Ridala_vallavalitsus, lk 2
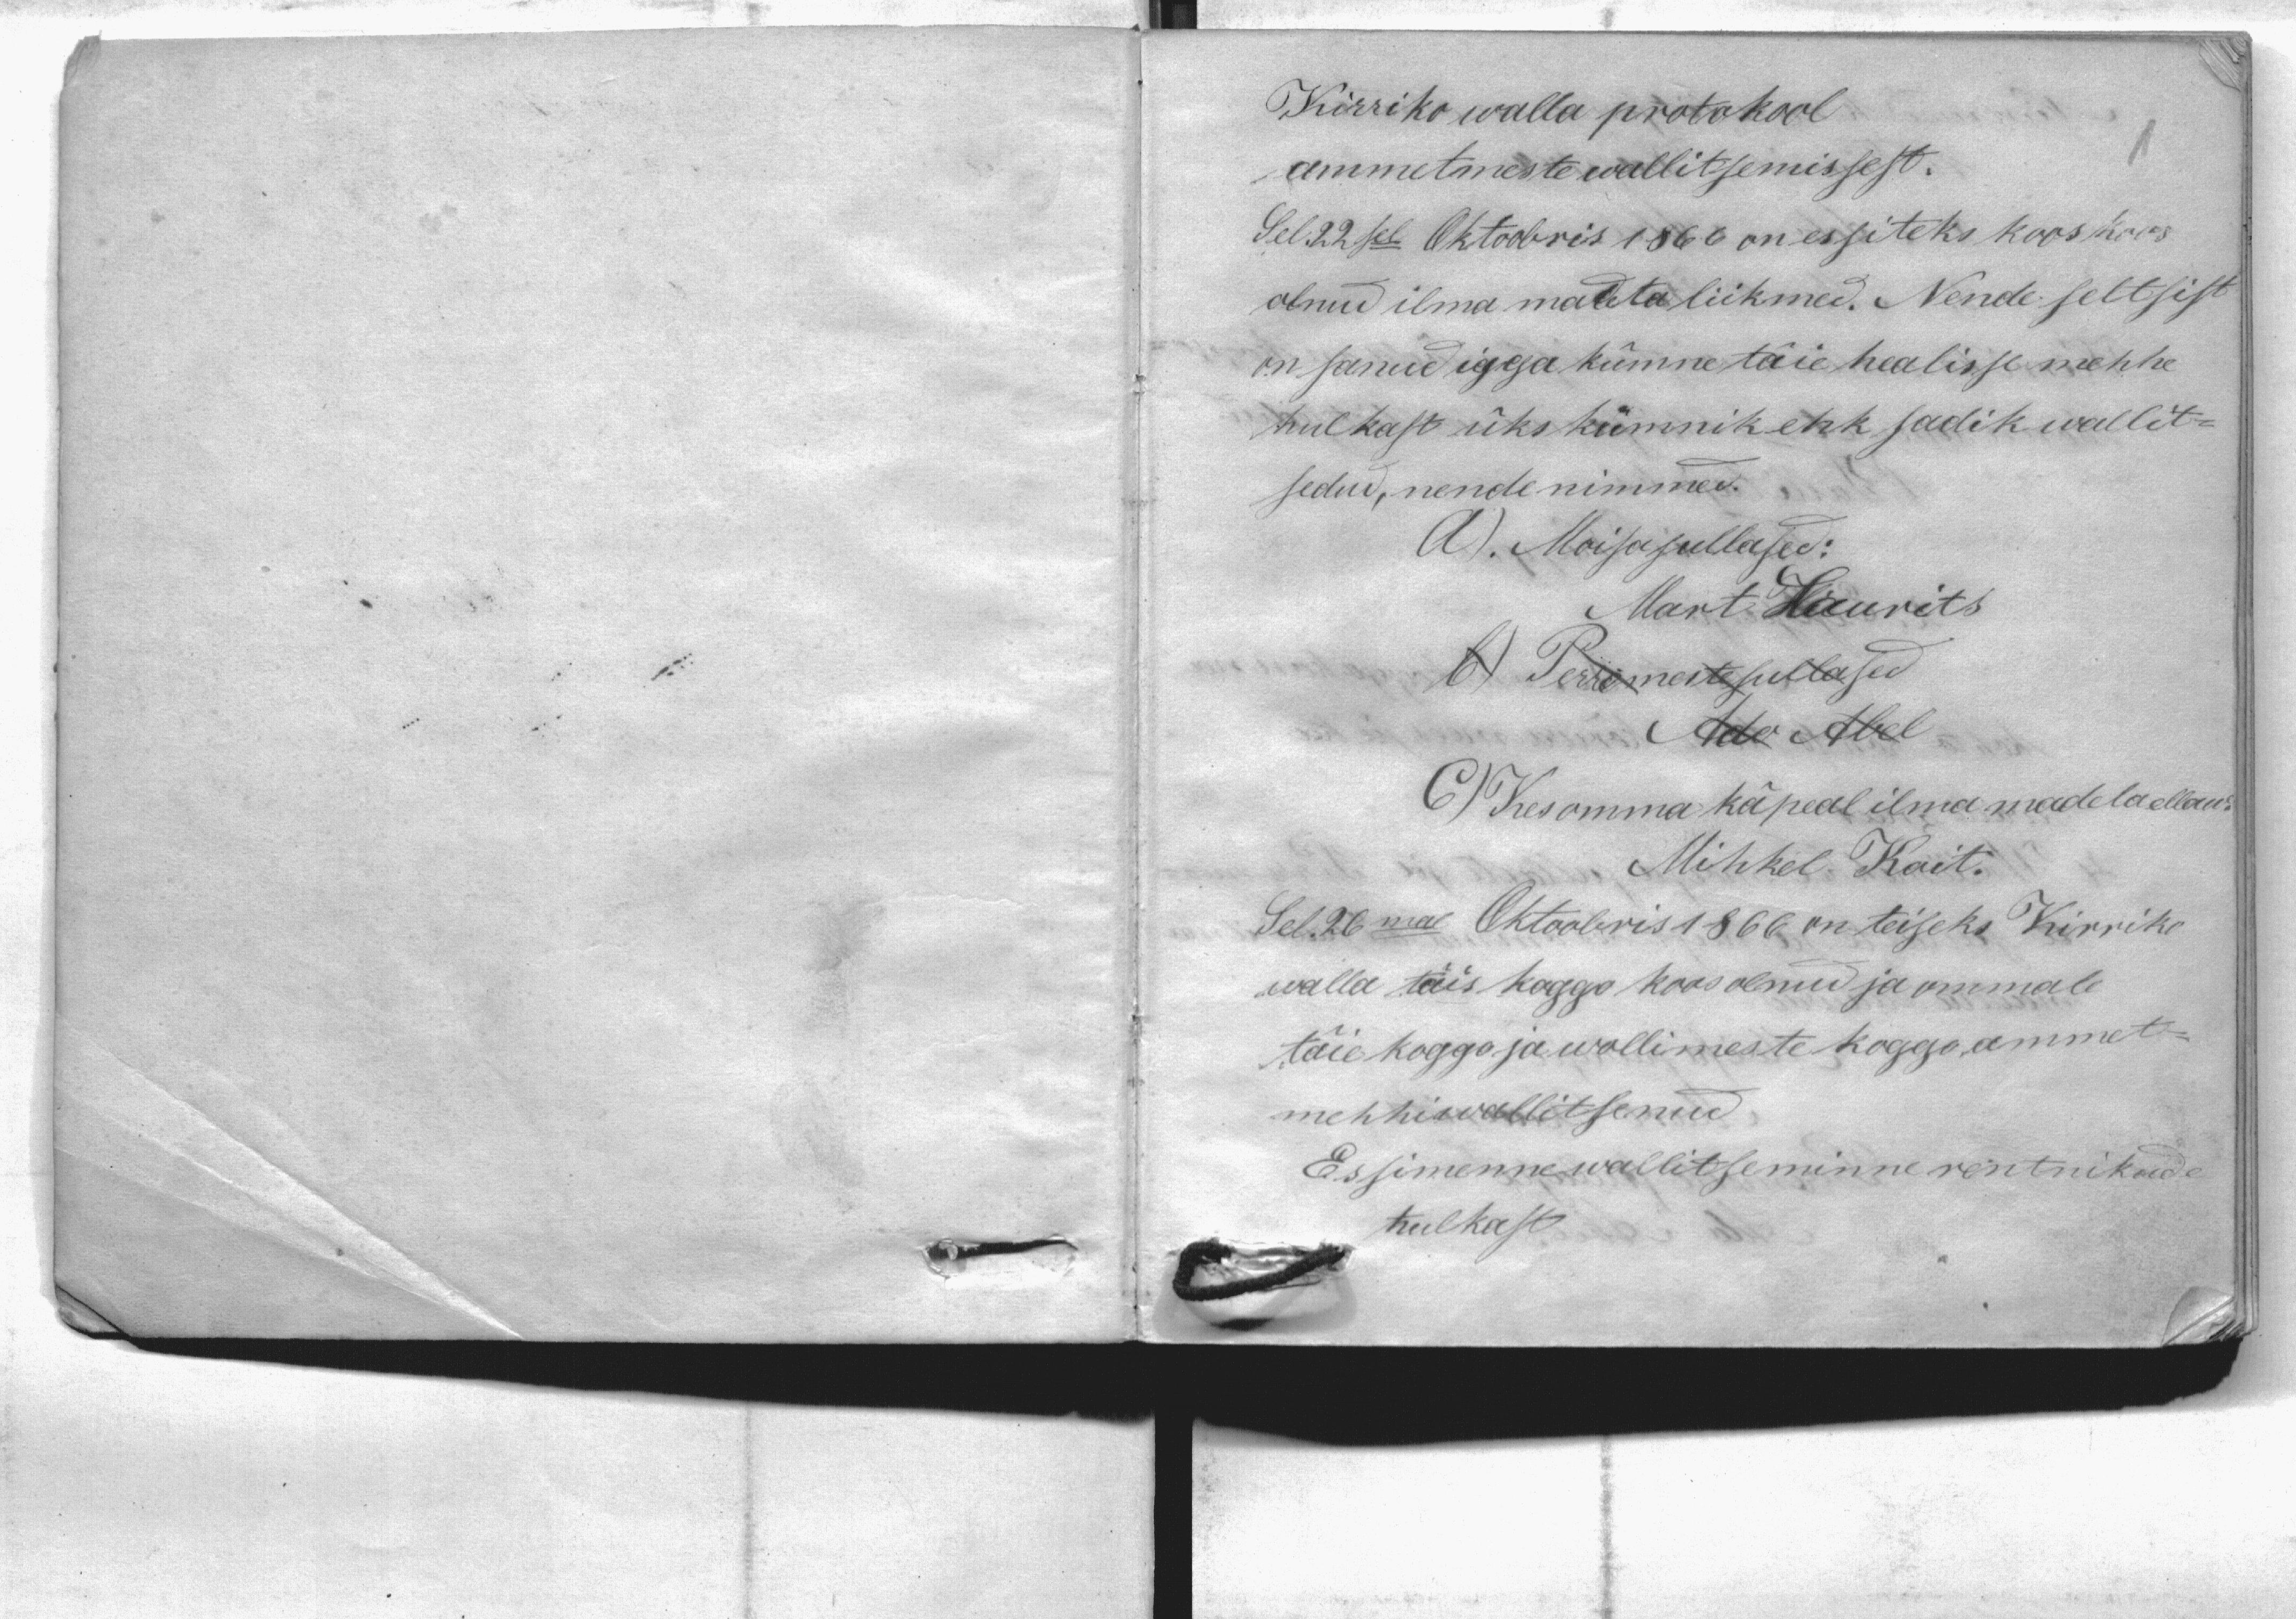
Kirriko walla protokool
ammetmeste wallitsemissest.
Sel 22sel Oktoobris 1866 on essiteks koos koos
olnud ilma maata liikmed. Nende seltsist
on sanud igga kümne täie healisse mehhe
hulkast üks kümnik ehk sadik wallit-
sedud, nende nimmed
A). Moisasullased:
Mart Laurits
b) Perremeste sullased
Ado Abel
C) Kes omma kä peal ilma madeda ellaw
Mihkel Koit
Sel 26mal Oktobris 1866 on teiseks Kirriko
walla täis koggo koos olnud ja ommale
täie koggo ja wollimeste koggo ammet.
mehhi wallitsenud
Essimenne wallitseminne rentnikude
hulkast